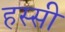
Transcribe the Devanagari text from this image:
हस्सी